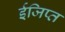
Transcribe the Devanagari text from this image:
ईजिप्‍त